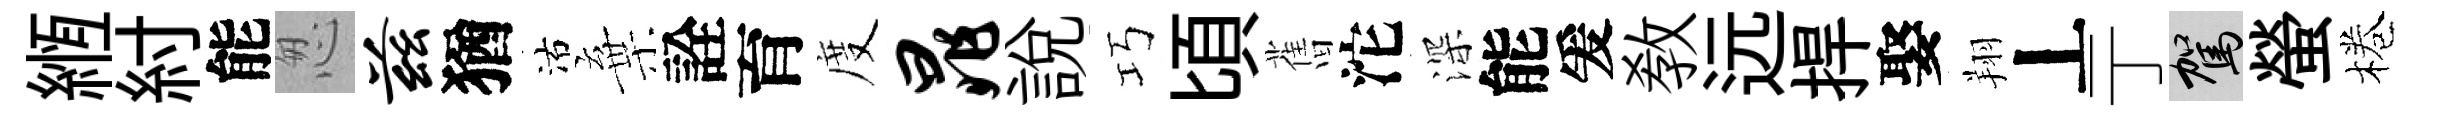
縆紂能怱兹猶沽棄詮育度晁説巧頃𦾔沱深能爰敎远捍娶翔丄亍駕螢棬